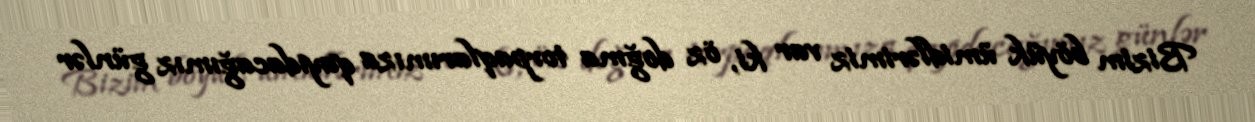
Bizim böyük ümidlərimiz var ki, öz doğma torpaqlarımıza qayıdacağımız günlər